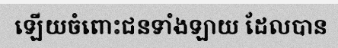
ឡើយចំពោះជនទាំងឡាយ ដែលបាន